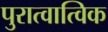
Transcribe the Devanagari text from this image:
पुरात्वात्विक